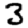
Digit: 3